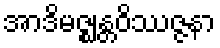
အာဒိမဇ္ဈန္တဝိဿဇ္ဇနာ